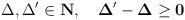
LaTeX: \begin{align*}\Delta, \Delta' \in \bf{N}, \quad \Delta'-\Delta \geq 0\end{align*}